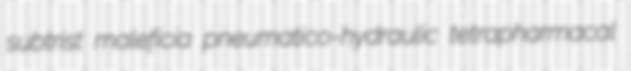
subtrist maleficia pneumatico-hydraulic tetrapharmacal